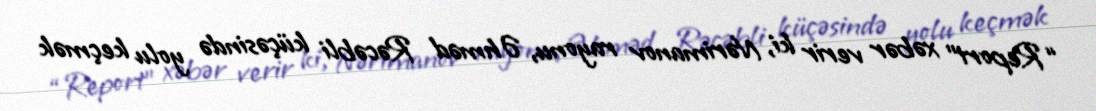
“Report” xəbər verir ki, Nərimanov rayonu, Əhməd Rəcəbli küçəsində yolu keçmək